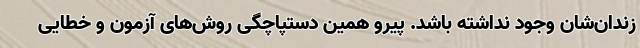
زندان‌شان وجود نداشته باشد. پیرو همین دستپاچگی روش‌های آزمون و خطایی